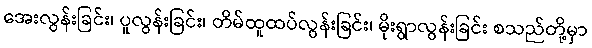
အေးလွန်းခြင်း၊ ပူလွန်းခြင်း၊ တိမ်ထူထပ်လွန်းခြင်း၊ မိုးရွာလွန်းခြင်း စသည်တို့မှာ